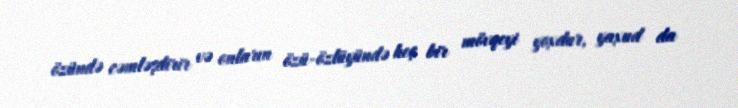
özündə cəmləşdirir və onların özü-özlüyündə heç bir mövqeyi yoxdur, yaxud da